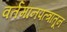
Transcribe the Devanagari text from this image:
वर्तमानपत्त्रातून